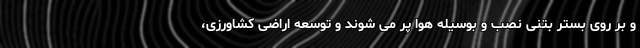
و بر روی بستر بتنی نصب و بوسیله هوا پر می شوند و توسعه اراضی کشاورزی،